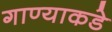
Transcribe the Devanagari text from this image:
गाण्याकडे